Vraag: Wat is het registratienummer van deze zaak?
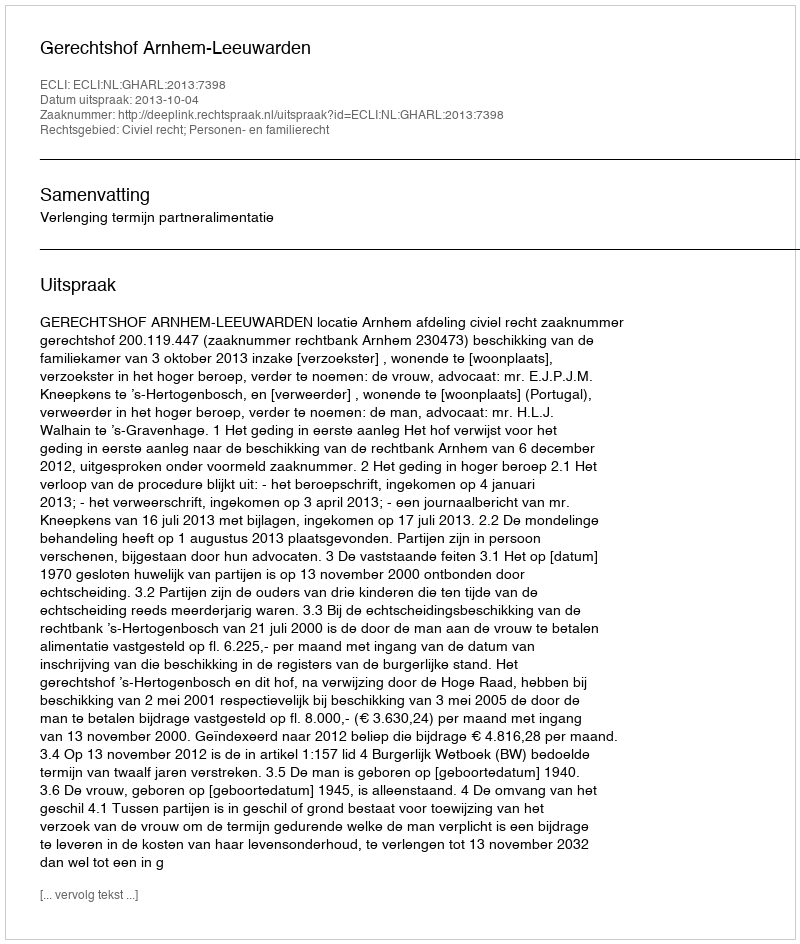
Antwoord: http://deeplink.rechtspraak.nl/uitspraak?id=ECLI:NL:GHARL:2013:7398